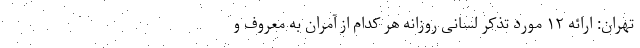
تهران: ارائه ۱۲ مورد تذکر لسانی روزانه هر کدام از آمران به معروف و